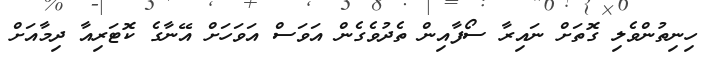
ހިނިތުންވެލި ގޮތަށް ނައިރާ ސޯފާއިން ތެދުވެގެން އަވަސް އަވަހަށް އޭނާގެ ކޮޓަރިއާ ދިމާއަށް